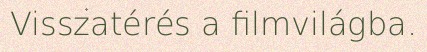
Visszatérés a filmvilágba.